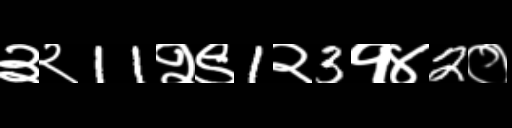
Text: ३२11२९1२3१४2०